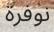
نوفرة